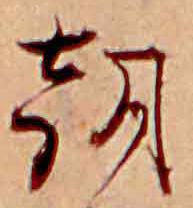
朝